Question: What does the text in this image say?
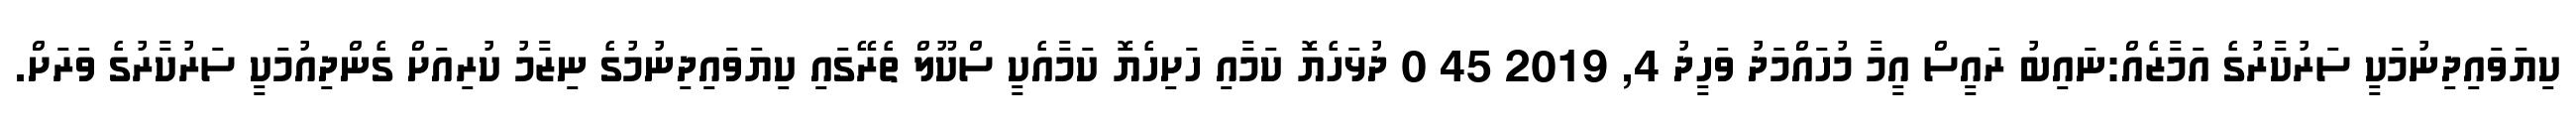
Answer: ކިޔަވައިދިނުމަކީ ސަރުކާރުގެ އަމާޒެއް:ނައިބު ރައީސް އީމާ މުހައްމަދު ވަހީދު 4, 2019 45 0 ދުޅަހެޔޮ ކަމާއި ހަށިހެޔޮ ކަމާއެކީ ސްކޫލް ތެރޭގައި ކިޔަވައިދިނުމުގެ ނިޒާމު ކުރިއަށް ގެންދިއުމަކީ ސަރުކާރުގެ ވަރަށް.